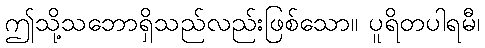
ဤသို့သဘောရှိသည်လည်းဖြစ်သော။ ပူရိတပါရမီ၊